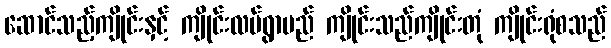
ဆောင်သည့်ကျိုင်းနှင့် ကျိုင်းလပ်ရွာမည် ကျိုင်းသည်ကျိုင်းတုံ ကျိုင်းရုံစသည်